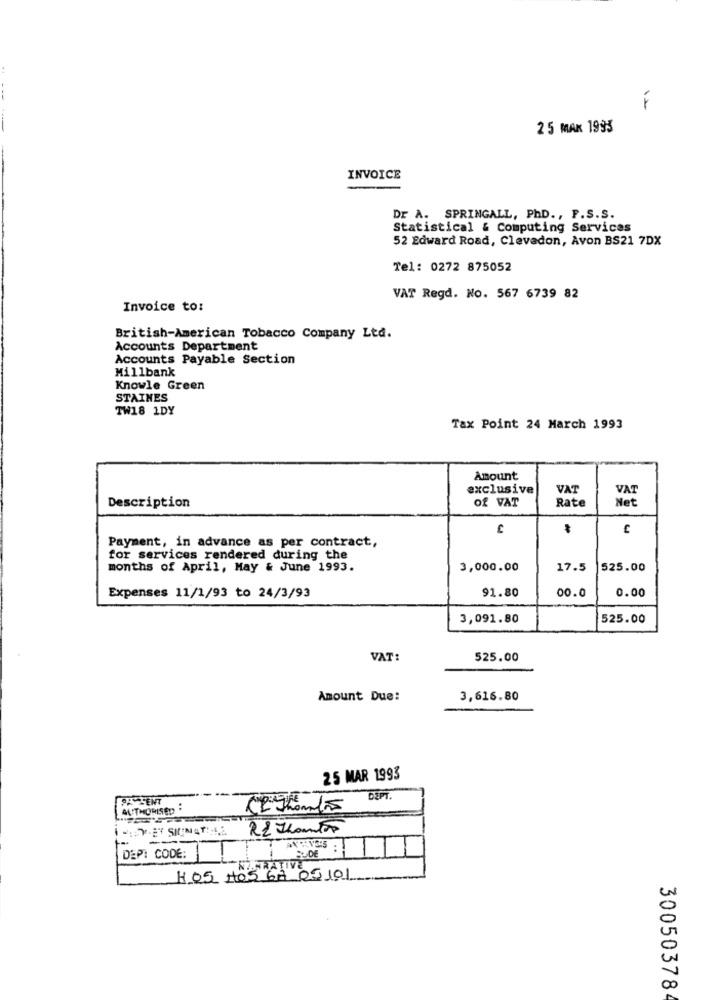
..
2 5 MAK 1995
INVOICE
Dr A. SPRINGALL, PhD ., P.S.S.
Statistical & Computing Services
52 Edward Road, Clevadon, Avon BS21 7DX
Tel: 0272 875052
VAT Regd. No. 567 6739 82
Invoice to:
British-American Tobacco Company Ltd.
Accounts Department
Accounts Payable Section
Millbank
Knowle Green
STAINES
TW18 1DY
Tax Point 24 March 1993
Amount
exclusive
VAT
VAT
Of VAT
Rate
Net
Description
Payment, in advance as per contract,
for services rendered during the
months of April, May & June 1993.
3,000.00
17.5
525.00
91.80
00.0
0.00
Expenses 11/1/93 to 24/3/93
3,091.80
525.00
VAT:
525.00
Amount Due:
3,616.80
25 MAR 1993
DEPT.
AUTHORISED :
DEP: CODE:
HOS HOS 6A 09 101
30050378